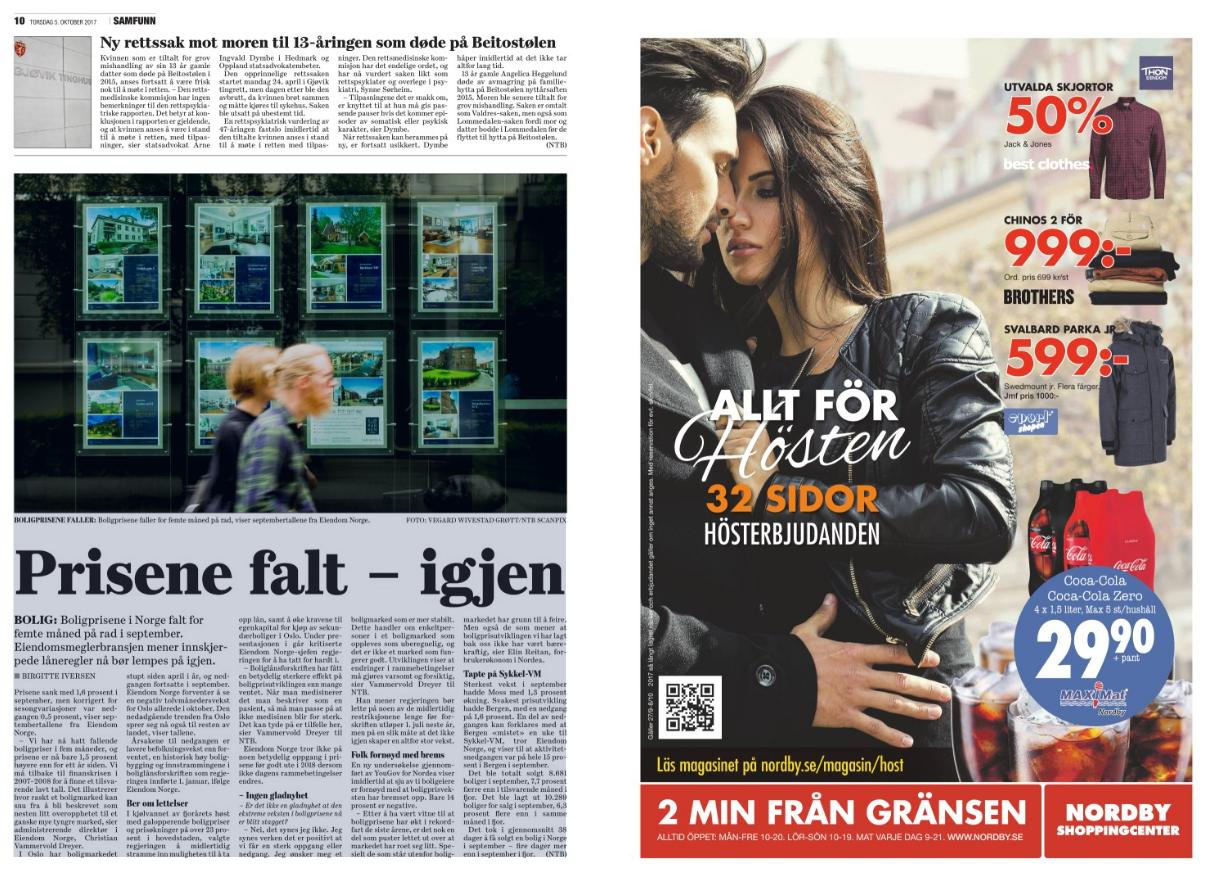
Language: no